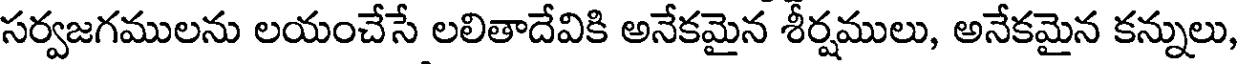
సర్వజగములను లయంచేసే లలితాదేవికి అనేకమైన శీర్షములు, అనేకమైన కన్నులు,